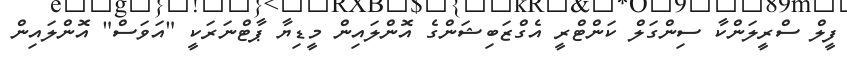
ފީލް ސްރީލަންކާ ސިންގަލް ކަންޓްރީ އެގްޒަބިޝަންގެ އޮންލައިން މީޑިޔާ ޕާޓްނަރަކީ "އަވަސް" އޮންލައިން